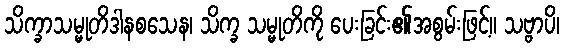
သိက္ခာသမ္မုတိဒါနစသေန၊ သိက္ခ သမ္မုတိကို ပေးခြင်း၏အစွမ်းဖြင့်။ သဗ္ဗာပိ၊